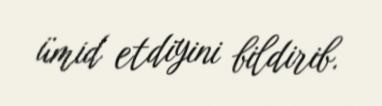
ümid etdiyini bildirib.